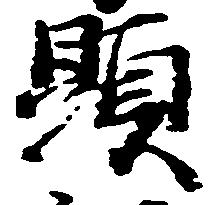
顕